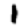
Digit: 1